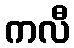
ကလီ